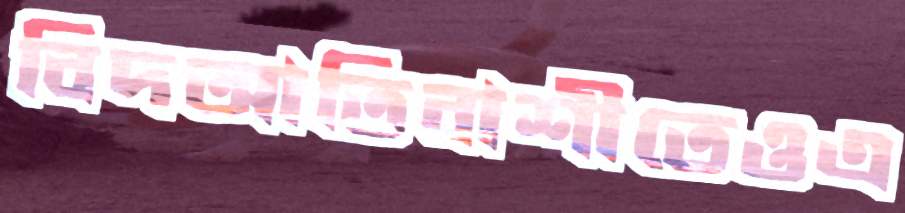
বিদআতিবাশীতেওএ